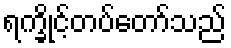
ရက္ခိုင့်တပ်တော်သည်